Senior Leaving Certificate Examination (including Day School Certificate (Higher) General paper), 1950
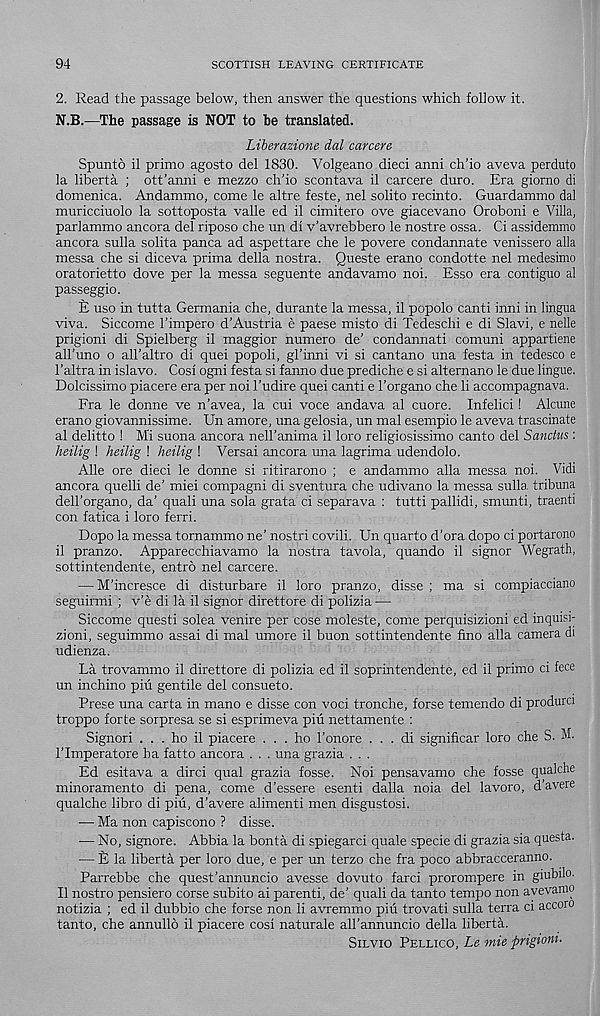
94
SCOTTISH LEAVING CERTIFICATE
2. Read the passage below, then answer the questions which follow it.
N.B.—The passage is NOT to be translated.
Liberazione dal carcere
Spunto il primo agosto del 1830. Volgeano dieci anni ch’io aveva perduto
la liberta ; ott’anni e mezzo ch'io scontava il carcere duro. Era giorno di
domenica. Andammo, come le altre feste, nel solito recinto. Guardammo dal
muricciuolo la sottoposta valle ed il cimitero ove giacevano Oroboni e Villa,
parlammo ancora del riposo che un di v’avrebbero le nostre ossa. Ci assidemmo
ancora sulla solita panca ad aspettare che le povere condannate venissero alia
messa che si diceva prima della nostra. Queste erano condotte nel medesimo
oratorietto dove per la messa seguente andavamo noi. Esso era contiguo al
passeggio.
E uso in tutta Germania che, durante la messa, il popolo canti inni in lingua
viva. Siccome I’impero d’Austria e paese misto di Tedeschi e di Slavi, e nelle
prigioni di Spielberg il maggior numero de' condannati comuni appartiene
all'uno o all’altro di quei popoli, gl’inni vi si cantano una festa in tedesco e
1’altra in islavo. Cosi ogni festa si fanno due prediche e si alternano le due lingue.
Dolcissimo piacere era per noi 1’udire quei canti e I'organo che li accompagnava.
Fra le donne ve n’avea, la cui voce andava al cuore. Infelici! Alcune
erano giovannissime. Un amore, una gelosia, un mal esempio le aveva trascinate
al delitto ! Mi suona ancora nell’anima il loro religiosissimo canto del Sanctus:
heilig ! heilig ! heilig ! Versai ancora una lagrima udendolo.
Alle ore dieci le donne si ritirarono ; e andammo alia messa noi. Vidi
ancora quelli de’ miei compagni di sventura che udivano la messa sulla tribuna
dell’organo, da’ quali una sola grata ci separava : tutti pallidi, smunti, traenti
con fatica i loro ferri.
Dopo la messa tornammo ne’ nostri covili. Un quarto d’ora dopo ci portarono
il pranzo. Apparecchiavamo la nostra tavola, quando il signor Wegrath,
sottintendente, entro nel carcere.
— M’incresce di disturbare il loro pranzo, disse ; ma si compiacciano
seguirmi ; v’e di la il signor direttore di polizia-—
Siccome questi solea venire per cose moleste, come perquisizioni ed inquisi-
zioni, seguimmo assai di mal umore il buon sottintendente fmo alia camera di
udienza.
La trovammo il direttore di polizia ed il soprintendente, ed il primo ci fece
un inchino piu gentile del consueto.
Prese una carta in mano e disse con voci tronche, forse temendo di produrci
troppo forte sorpresa se si esprimeva piu nettamente :
Signori . . . ho il piacere ... ho 1’onore . . . di significar loro che S. M.
ITmperatore ha fatto ancora . . . una grazia . . .
Ed esitava a dirci qual grazia fosse. Noi pensavamo che fosse qualche
minoramento di pena, come d’essere esenti dalla noia del lavoro, d’avere
qualche libro di piu, d’avere alimenti men disgustosi.
— Ma non capiscono ? disse.
— No, signore. Abbia la bonta di spiegarci quale specie di grazia sia questa.
— £ la liberta per loro due, e per un terzo che fra poco abbracceranno.
Parrebbe che quest’annuncio avesse dovuto farci prorompere in giubilo.
Il nostro pensiero corse subito ai parent!, de’ quali da tanto tempo non ayevanio
notizia ; ed il dubbio che forse non li avremmo piu trovati sulla terra ci accoro
tanto, che annullo il piacere cosi naturale all’annuncio della liberta.
Silvio Pellico, Le mie prigioni-